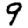
Digit: 9